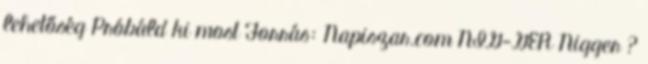
lehetőség Próbáld ki most Forrás: Napiszar.com NIG-GER Nigger ?